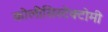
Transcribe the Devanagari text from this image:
कोलीसिस्टेक्टोमी